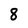
Character: 8